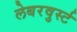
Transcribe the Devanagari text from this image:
लेबरवुर्स्ट